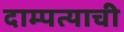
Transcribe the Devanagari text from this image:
दाम्पत्याची